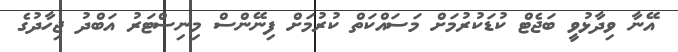
އޭނާ ވިދާޅުވީ ބަޖެޓް ކުޑަކުރުމަށް މަސައްކަތް ކުރުމަށް ފިނޭންސް މިނިސްޓަރު އަބްދު ޖިހާދުގެ